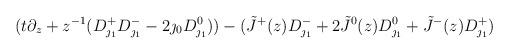
LaTeX: \begin{align*} (t\partial_z +z^{-1}(D^+_{\jmath_1}D^-_{\jmath_1}-2\jmath_0D^0_{\jmath_1})) -(\tilde{J}^+(z)D^-_{\jmath_1}+2\tilde{J}^0(z)D^0_{\jmath_1}+\tilde{J}^-(z)D^+_{\jmath_1})\end{align*}